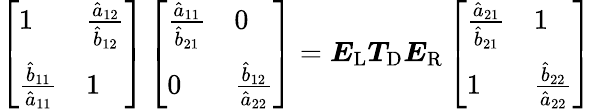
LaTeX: \left[\begin{array}{ll}{1}&{\frac{\hat{a}_{12}}{\hat{b}_{12}}}\\ {\frac{\hat{b}_{11}}{\hat{a}_{11}}}&{1}\end{array}\right]\left[\begin{array}{ll}{\frac{\hat{a}_{11}}{\hat{b}_{21}}}&{0}\\ {0}&{\frac{\hat{b}_{12}}{\hat{a}_{22}}}\end{array}\right]=\boldsymbol{E}_{\mathrm{L}}\boldsymbol{T}_{\mathrm{D}}\boldsymbol{E}_{\mathrm{R}}\left[\begin{array}{ll}{\frac{\hat{a}_{21}}{\hat{b}_{21}}}&{1}\\ {1}&{\frac{\hat{b}_{22}}{\hat{a}_{22}}}\end{array}\right]